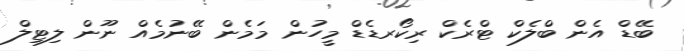
ބޭޑް އެން ބްލެކް ޓްރެކް ރިކޯރޑެޑް މީހުން މަމެން ބޭނުމެއް ނޫން ލިޓިލް